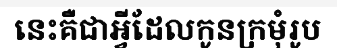
នេះគឺជាអ្វីដែលកូនក្រមុំរូប